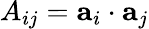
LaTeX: A_{ij}=\textbf{a}_{i}\cdot\textbf{a}_{j}